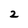
Character: 2